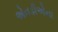
એનડીએના